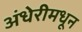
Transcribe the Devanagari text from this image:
अंधेरीमधून